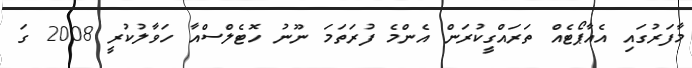
މާފަރުގައި އެއާޕޯޓެއް ތަރައްގީކުރަން އެންމެ ފުރަތަމަ ނޫނު ހޮޓެލްސްއާ ހަވާލުކުރީ 2008 ގަ